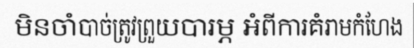
មិនចាំបាច់ត្រូវព្រួយបារម្ភ អំពីការគំរាមកំហែង